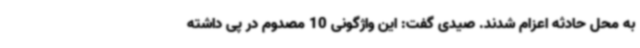
به محل حادثه اعزام شدند. صیدی گفت: این واژگونی 10 مصدوم در پی داشته